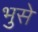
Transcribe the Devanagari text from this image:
भुसे